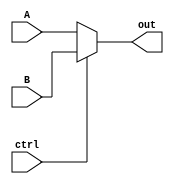
`ifndef MODULE_MUX_5
`define MODULE_MUX_5
`timescale 1ns / 1ps
//////////////////////////////////////////////////////////////////////////////////
// Company: 
// Engineer: 
// 
// Design Name: 
// Module Name: Mux_5
// Project Name: 
// Target Devices: 
// Tool Versions: 
// Description: 
// 
// Dependencies: 
// 
// Revision:
// Revision 0.01 - File Created
// Additional Comments:
// 
//////////////////////////////////////////////////////////////////////////////////


module Mux_5(A, B, ctrl, out);
    input [4:0] A;
    input [4:0] B;
    input ctrl; 
    output [4:0] out; 
    assign out = (ctrl == 1'b0) ? A : B;
endmodule
`endif